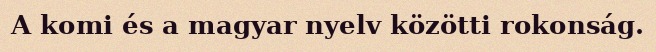
A komi és a magyar nyelv közötti rokonság.